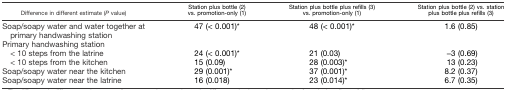
<table><thead><tr><td><b>Difference in different estimate (<i>P</i> value)</b></td><td><b>Station plus bottle (2) vs. promotion-only (1)</b></td><td><b>Station plus bottle plus refills (3) vs. promotion-only (1)</b></td><td><b>Station plus bottle (2) vs. station plus bottle plus refills (3)</b></td></tr></thead><tbody><tr><td>Soap/soapy water and water together at primary handwashing station</td><td>47 (&lt; 0.001)*</td><td>48 (&lt; 0.001)*</td><td>1.6 (0.85)</td></tr><tr><td colspan="4">Primary handwashing station</td></tr><tr><td> &lt; 10 steps from the latrine</td><td>24 (&lt; 0.001)*</td><td>21 (0.03)</td><td>−3 (0.69)</td></tr><tr><td> &lt; 10 steps from the kitchen</td><td>15 (0.09)</td><td>28 (0.003)*</td><td>13 (0.23)</td></tr><tr><td>Soap/soapy water near the kitchen</td><td>29 (0.001)*</td><td>37 (0.001)*</td><td>8.2 (0.37)</td></tr><tr><td>Soap/soapy water near the latrine</td><td>16 (0.018)</td><td>23 (0.014)*</td><td>6.7 (0.35)</td></tr></tbody></table>